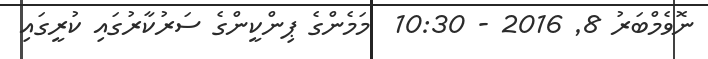
ނޮވެމްބަރު 8